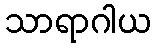
သာရာဂါယ